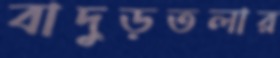
বাদুড়তলার